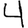
Digit: 4